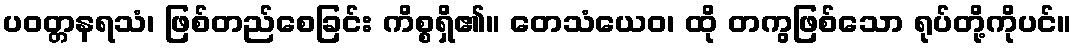
ပဝတ္တနရသံ၊ ဖြစ်တည်စေခြင်း ကိစ္စရှိ၏။ တေသံယေဝ၊ ထို တကွဖြစ်သော ရုပ်တို့ကိုပင်။